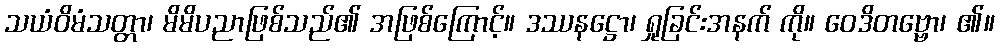
သယံဝိမံသတ္တာ၊ မိမိပညာဖြစ်သည်၏ အဖြစ်ကြောင့်။ ဒဿနဋ္ဌော၊ ရှုခြင်းအနက် ကို။ ဝေဒိတဗ္ဗော၊ ၏။